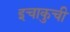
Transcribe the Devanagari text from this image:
इचाकुची